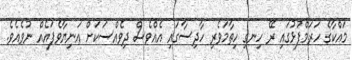
މައްކާގެ ހަރަމްފުޅުގައި ރޭ ހިނގި ހިތާމަވެރި ހާދިސާގައި އެއްވެސް ދިވެއްސަކަށް އަނިޔާވެފައެއް ނުވެއެވެ.